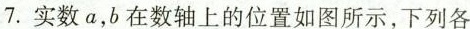
7.实数a，b在数轴上的位置如图所示，下列各